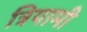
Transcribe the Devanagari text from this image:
त्रियामी